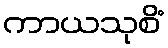
ကာယသုစိံ